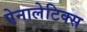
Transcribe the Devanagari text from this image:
ऐनालेटिक्स